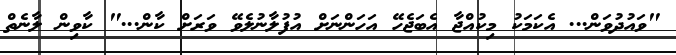
"ވައުދުވަން... އެކަމަކު މިކުއްޖާ އެބަޖެހޭ އަހަންނަށް އުފުލާނުލެވޭ ވަރަށް ކާން..." ކާވިން ލާނެތް